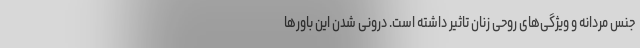
جنس مردانه و ویژگی‌های روحی زنان تاثیر داشته است. درونی شدن این باورها